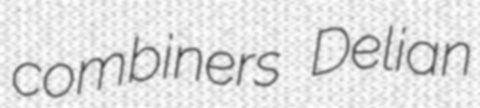
combiners Delian